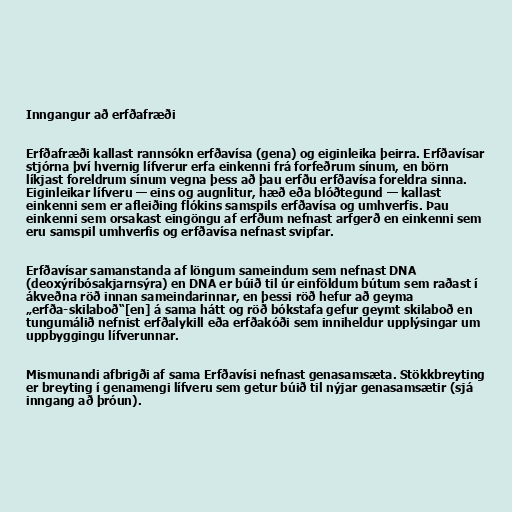
Inngangur að erfðafræði

Erfðafræði kallast rannsókn erfðavísa (gena) og eiginleika þeirra. Erfðavísar
stjórna því hvernig lífverur erfa einkenni frá forfeðrum sínum, en börn
líkjast foreldrum sínum vegna þess að þau erfðu erfðavísa foreldra sinna.
Eiginleikar lífveru — eins og augnlitur, hæð eða blóðtegund — kallast
einkenni sem er afleiðing flókins samspils erfðavísa og umhverfis. Þau
einkenni sem orsakast eingöngu af erfðum nefnast arfgerð en einkenni sem
eru samspil umhverfis og erfðavísa nefnast svipfar.

Erfðavísar samanstanda af löngum sameindum sem nefnast DNA
(deoxýríbósakjarnsýra) en DNA er búið til úr einföldum bútum sem raðast í
ákveðna röð innan sameindarinnar, en þessi röð hefur að geyma
„erfða-skilaboð“[en] á sama hátt og röð bókstafa gefur geymt skilaboð en
tungumálið nefnist erfðalykill eða erfðakóði sem inniheldur upplýsingar um
uppbyggingu lífverunnar.

Mismunandi afbrigði af sama Erfðavísi nefnast genasamsæta. Stökkbreyting
er breyting í genamengi lífveru sem getur búið til nýjar genasamsætir (sjá
inngang að þróun).